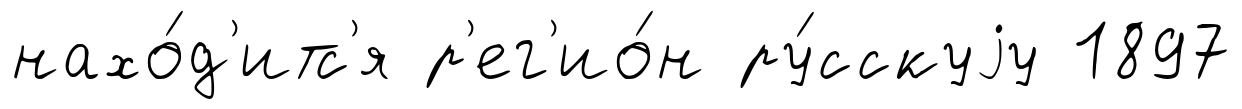
нахо́д'итс'я р'ег'ио́н ру́сскуjу 1897